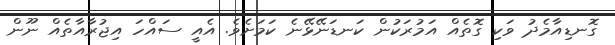
ގޮނޑިއާމެދު ވަކި ގޮތެއް އަމުރަކުން ކަނޑަނޭޅޭނެ ކަމަށެވެ. އެއީ ސައްހަ އިޖުރާއާތެއް ނޫން